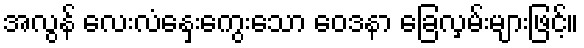
အလွန် လေးလံနှေးကွေးသော ဝေဒနာ ခြေလှမ်းများဖြင့်။